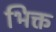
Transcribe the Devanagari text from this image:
भिक्त